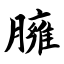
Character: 臃